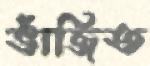
ভাঁজিত